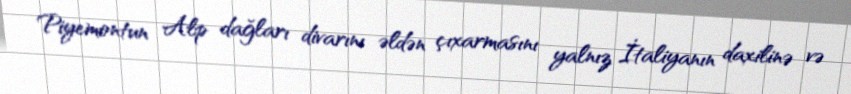
Piyemontun Alp dağları divarını əldən çıxarmasını yalnız İtaliyanın daxilinə və